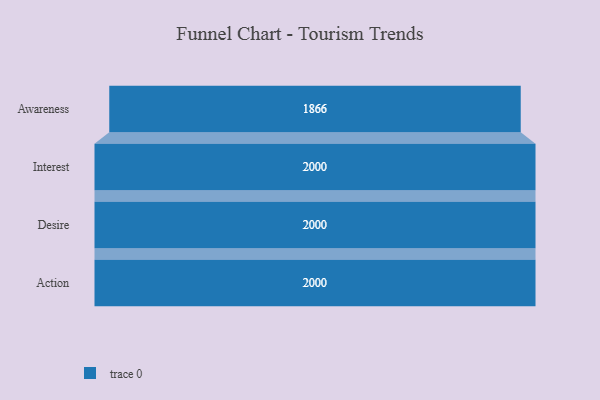
{"axis": {"x": "Stage", "y": "Value"}, "legend": [""], "data": [{"x": "Awareness", "y": 1866.0, "type": ""}, {"x": "Interest", "y": 2000, "type": ""}, {"x": "Desire", "y": 2000, "type": ""}, {"x": "Action", "y": 2000, "type": ""}]}